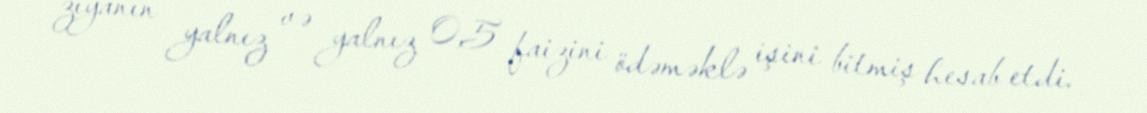
ziyanın yalnız və yalnız 0,5 faizini ödəməklə işini bitmiş hesab etdi.